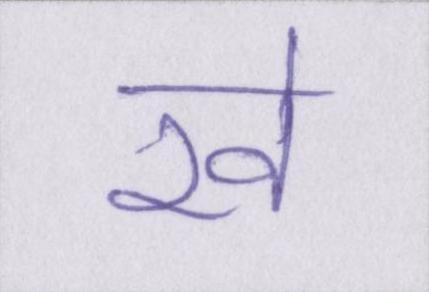
रवे